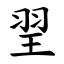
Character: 䍿